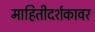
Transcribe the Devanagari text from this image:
माहितीदर्शकावर